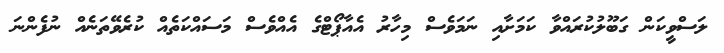
ލަސްވީކަން ގަބޫލުކުރައްވާ ކަމަށާއި ނަމަވެސް މިހާރު އެއާޕޯޓްގެ އެއްވެސް މަސައްކަތެއް ކުރެވޭތަނެއް ނުފެންނަ